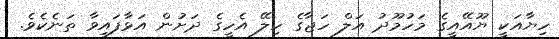
ހިޔާއަކީ ޔޫއޭއީގެ މަހުމޫދު އަލް ހަޖާގެ ހިލޭ އެހީގެ ދަށުން އަޅާފައިވާ ތަނެކެވެ.